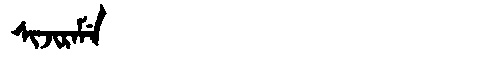
Manchu: ᠰᡳᠵᡳᡵᠠᠮᡝ
Romanization: SIJIRAME